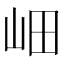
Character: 𡶚